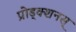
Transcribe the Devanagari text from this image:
प्रोड्क्शनस्